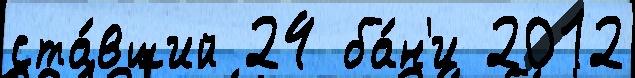
ста́вший 24 ба́н'и 2012